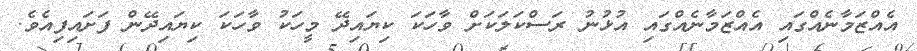
އެއްޒަމާނެއްގައި އެއްޒަމާނެއްގައި އުޅުނު ރަސްކަލަކަށް ވާހަކަ ކިޔައިދޭ މީހަކު ވާހަކަ ކިޔައިދޭން ފަށައިފިއެވެ.